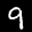
Label: 9